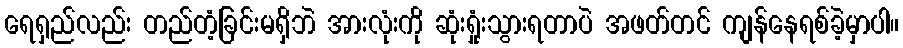
ရေရှည်လည်း တည်တံ့ခြင်းမရှိဘဲ အားလုံးကို ဆုံးရှုံးသွားရတာပဲ အဖတ်တင် ကျန်နေရစ်ခဲ့မှာပါ။